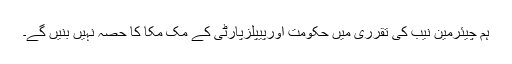
ہم چیئرمین نیب کی تقرری میں حکومت اورپیپلزپارٹی کے مک مکا کا حصہ نہیں بنیں گے۔